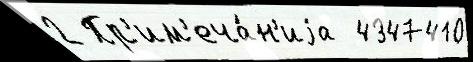
2 Пр'им'еча́н'иjа  4347410